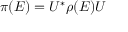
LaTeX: \pi ( E ) = U ^ { * } \rho ( E ) U \quad